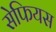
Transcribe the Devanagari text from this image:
सेफियस